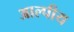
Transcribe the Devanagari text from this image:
आल्पीय